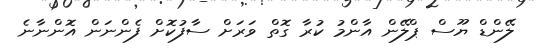
ލޭންޑް ޔޫސް ޕްލޭން އާންމު ކުރާ ގޮތް ވަރަށް ސާފުކޮށް ފެންނަން އޮންނާނެ